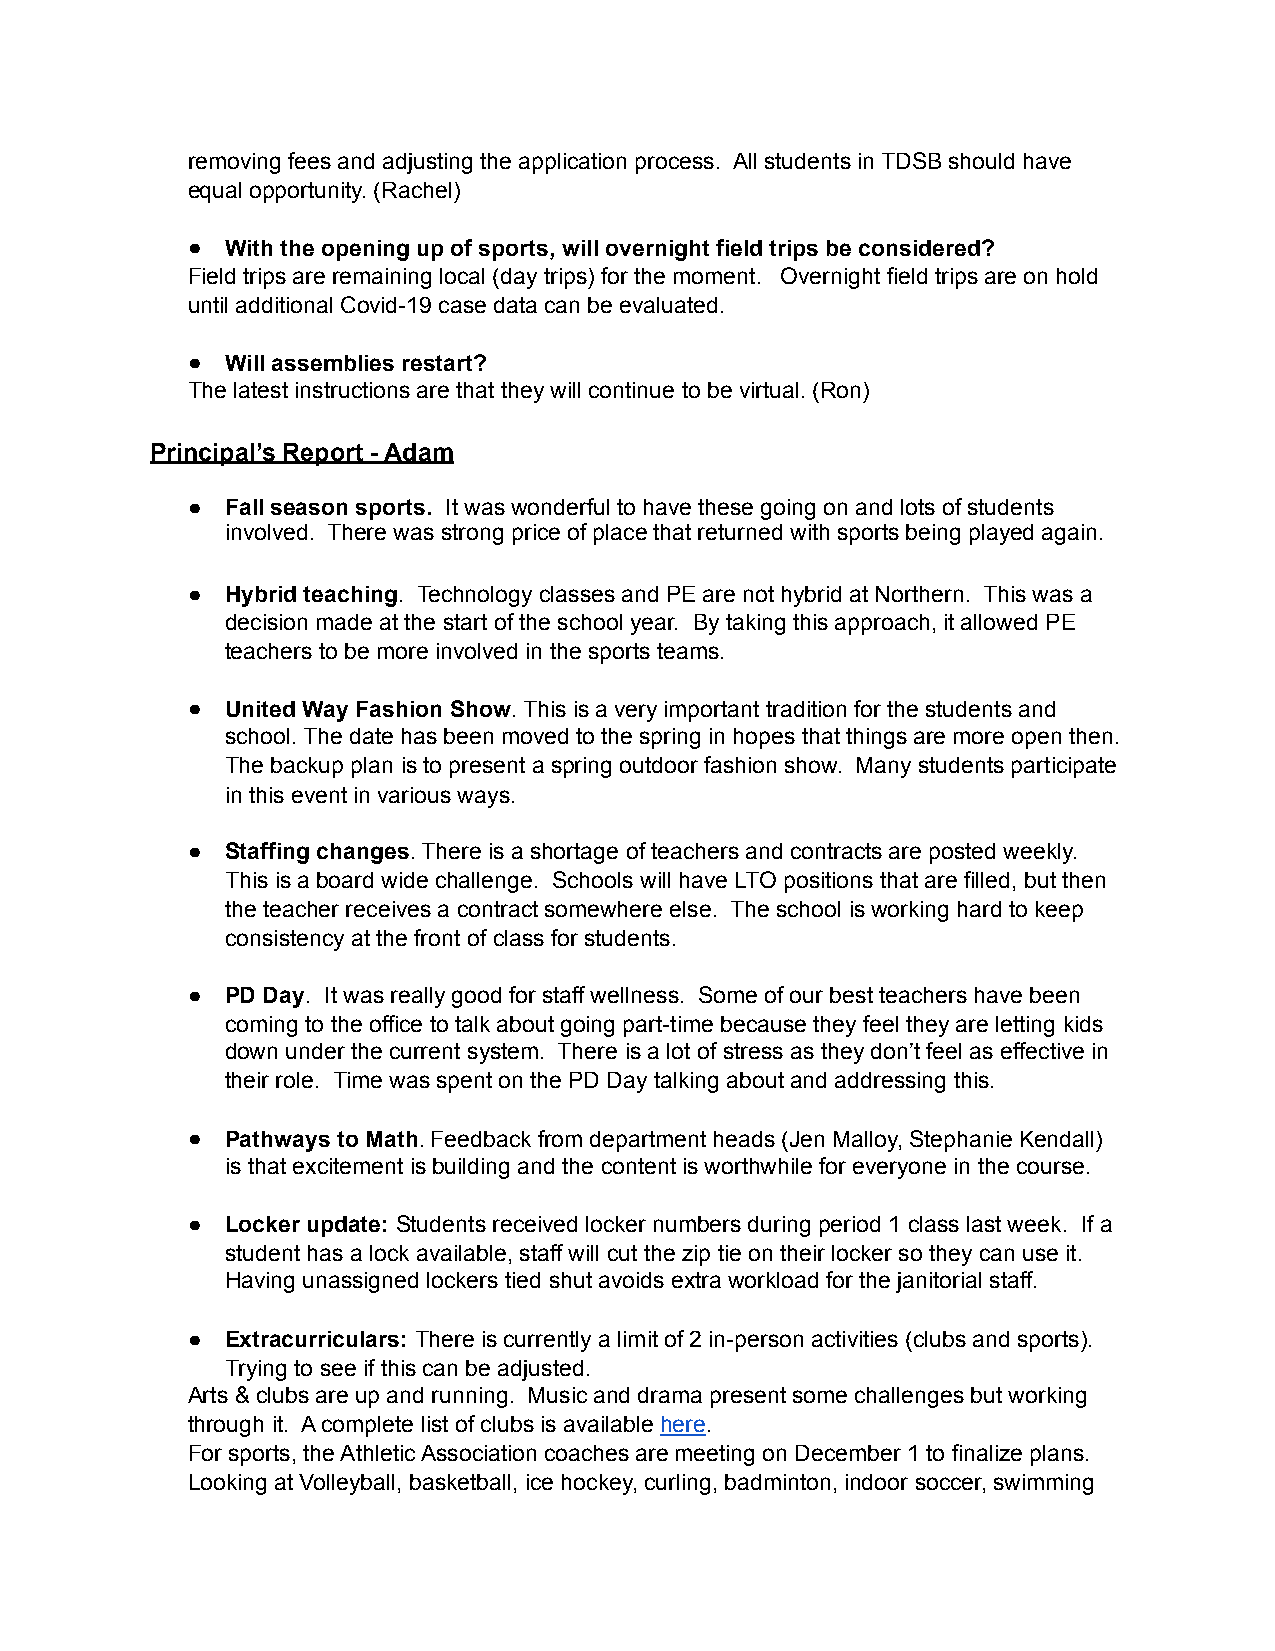
removing fees and adjusting the application process. All students in TDSB should have
 equal opportunity. (Rachel)
 ●  With the opening up of sports, will overnight field trips be considered?
 Field trips are remaining local (day trips) for the moment. Overnight field trips are on hold
 until additional Covid-19 case data can be evaluated.
 ●  Will assemblies restart?
 The latest instructions are that they will continue to be virtual. (Ron)
 Principal’s Report - Adam
 ●  Fall season sports. It was wonderful to have these going on and lots of students
 involved. There was strong price of place that returned with sports being played again.
 ●  Hybrid teaching. Technology classes and PE are not hybrid at Northern. This was a
 decision made at the start of the school year. By taking this approach, it allowed PE
 teachers to be more involved in the sports teams.
 ●  United Way Fashion Show. This is a very important tradition for the students and
 school. The date has been moved to the spring in hopes that things are more open then.
 The backup plan is to present a spring outdoor fashion show. Many students participate
 in this event in various ways.
 ●  Staffing changes. There is a shortage of teachers and contracts are posted weekly.
 This is a board wide challenge. Schools will have LTO positions that are filled, but then
 the teacher receives a contract somewhere else. The school is working hard to keep
 consistency at the front of class for students.
 ●  PD Day. It was really good for staff wellness. Some of our best teachers have been
 coming to the office to talk about going part-time because they feel they are letting kids
 down under the current system. There is a lot of stress as they don’t feel as effective in
 their role. Time was spent on the PD Day talking about and addressing this.
 ●  Pathways to Math. Feedback from department heads (Jen Malloy, Stephanie Kendall)
 is that excitement is building and the content is worthwhile for everyone in the course.
 ●  Locker update: Students received locker numbers during period 1 class last week. If a
 student has a lock available, staff will cut the zip tie on their locker so they can use it.
 Having unassigned lockers tied shut avoids extra workload for the janitorial staff.
 ●  Extracurriculars: There is currently a limit of 2 in-person activities (clubs and sports).
 Trying to see if this can be adjusted.
 Arts & clubs are up and running. Music and drama present some challenges but working
 through it. A complete list of clubs is available here.
 For sports, the Athletic Association coaches are meeting on December 1 to finalize plans.
 Looking at Volleyball, basketball, ice hockey, curling, badminton, indoor soccer, swimming